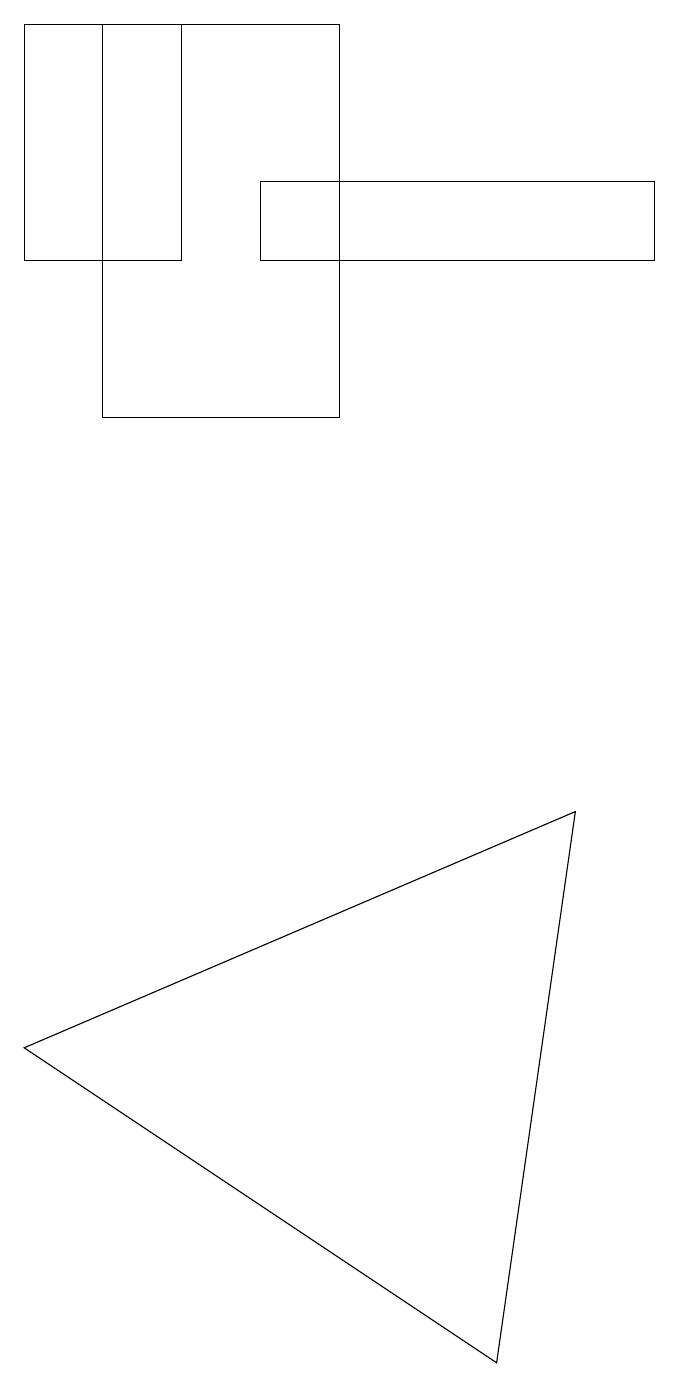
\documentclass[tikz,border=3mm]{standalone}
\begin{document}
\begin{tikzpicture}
\draw (3,15) rectangle (8,16);
\draw (0,5) -- (6,1) -- (7,8) -- cycle;
\draw (4,13) rectangle (1,18);
\draw (0,18) rectangle (2,15);
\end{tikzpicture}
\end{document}